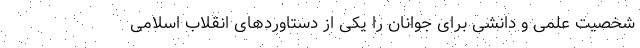
شخصیت علمی و دانشی برای جوانان را یکی از دستاورد‌های انقلاب اسلامی